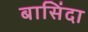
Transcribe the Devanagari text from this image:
बासिंदा